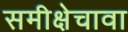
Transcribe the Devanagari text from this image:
समीक्षेचावा